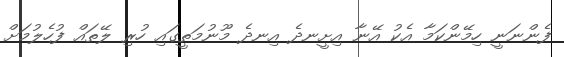
ފެންނަނީ ހިމޭންކަމާ އެކު އޭނާ އިށީނދެ އިނދެ މޫނުމަތީގައި ހުރި ލޭތައް ފުހެލުމަށް